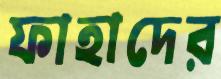
ফাহাদের